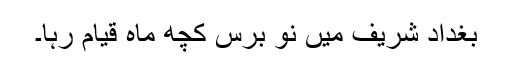
بغداد شریف میں نو برس کچھ ماہ قیام رہا۔